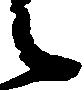
候